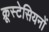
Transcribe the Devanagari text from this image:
क्रूस्टेसियनों